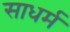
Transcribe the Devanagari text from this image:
साधर्म